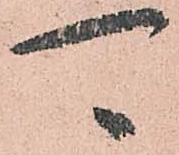
可